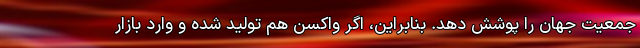
جمعیت جهان را پوشش دهد. بنابراین، اگر واکسن هم تولید شده و وارد بازار